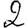
Digit: 2